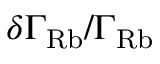
\delta \Gamma _ { \mathrm { R b } } / \Gamma _ { \mathrm { R b } }